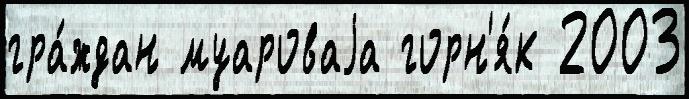
гра́ждан муароваjа горн'я́к 2003